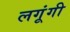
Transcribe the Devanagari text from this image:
लगूंगी